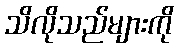
သိလိုသည်များကို